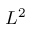
L ^ { 2 }